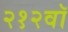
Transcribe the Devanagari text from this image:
२१२वॉ